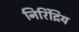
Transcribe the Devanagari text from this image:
निरिंद्रिय